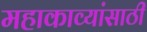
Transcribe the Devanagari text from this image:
महाकाव्यांसाठी